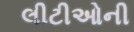
લીટીઓની